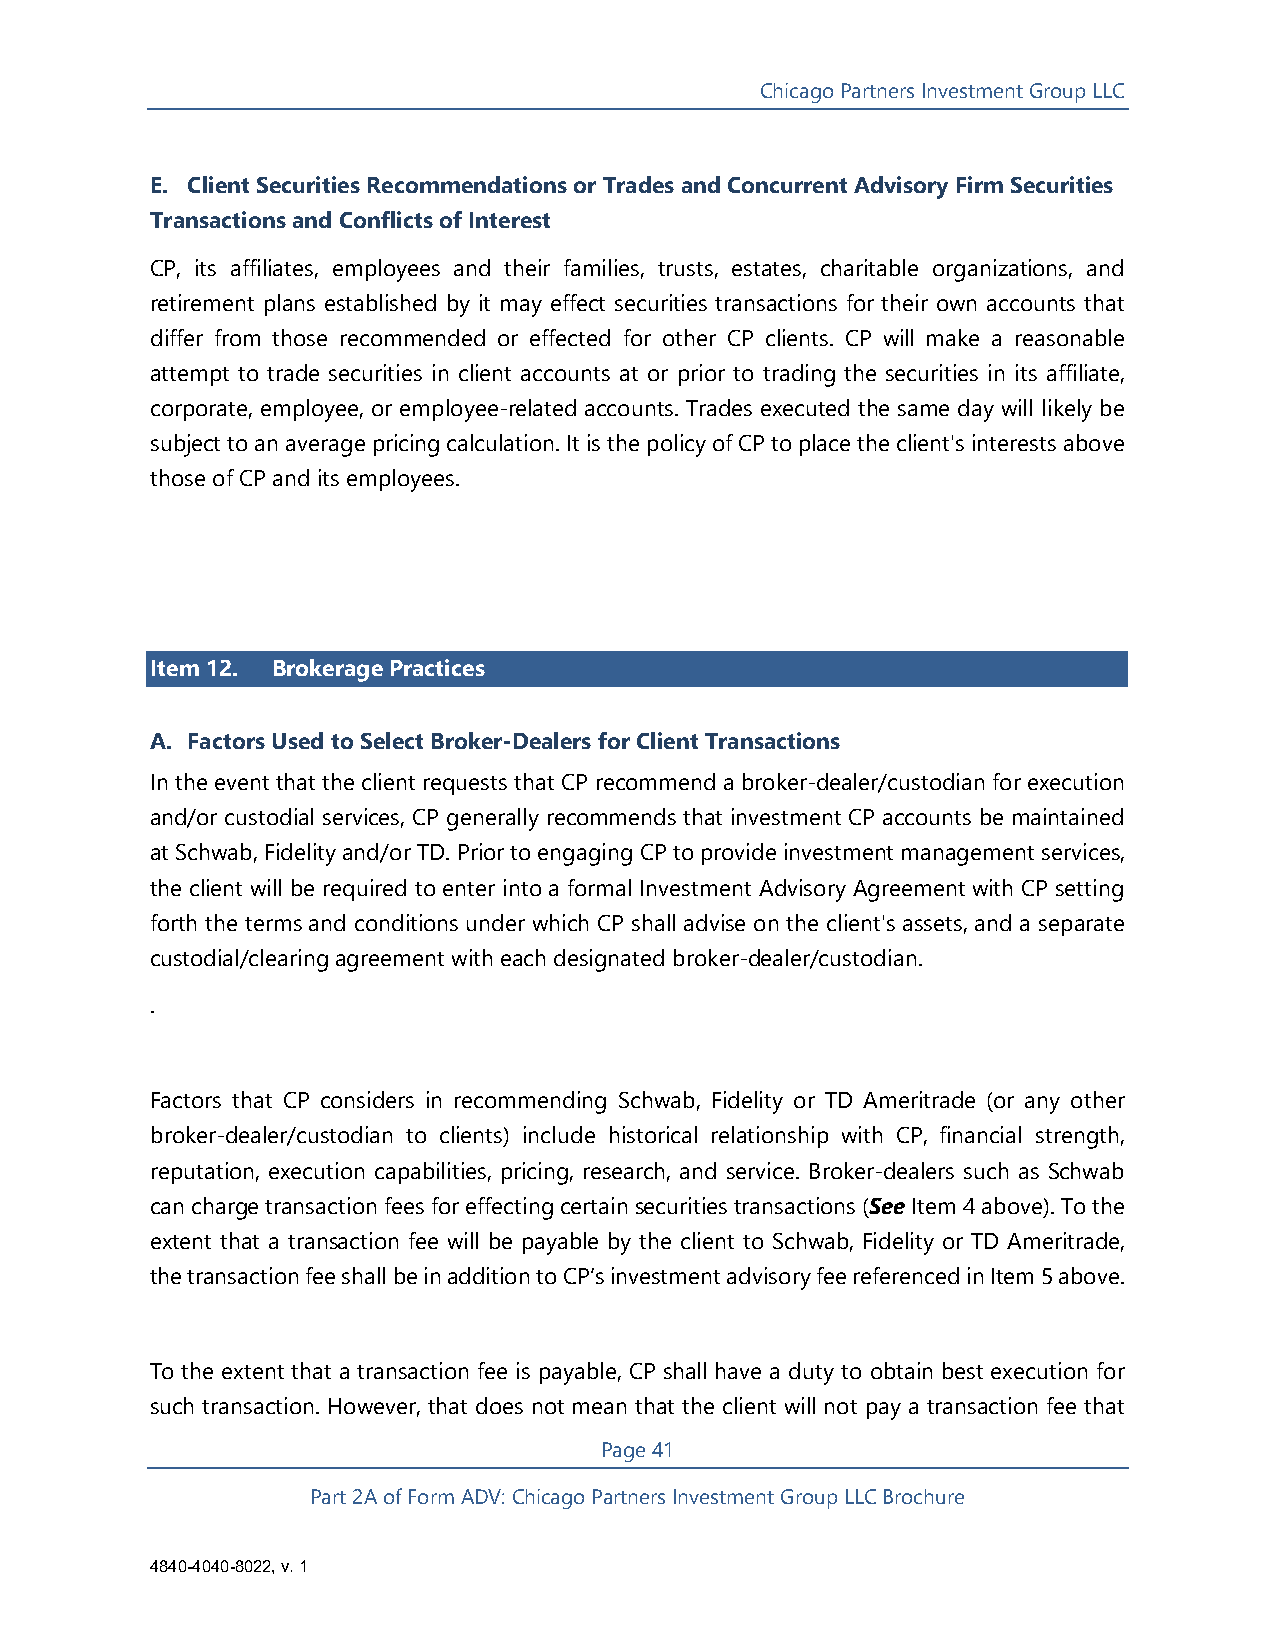
Chicago Partners Investment Group LLC
 E. Client Securities Recommendations or Trades and Concurrent Advisory Firm Securities
 Transactions and Conflicts of Interest
 CP, its affiliates, employees and their families, trusts, estates, charitable organizations, and
 retirement plans established by it may effect securities transactions for their own accounts that
 differ from those recommended or effected for other CP clients. CP will make a reasonable
 attempt to trade securities in client accounts at or prior to trading the securities in its affiliate,
 corporate, employee, or employee-related accounts. Trades executed the same day will likely be
 subject to an average pricing calculation. It is the policy of CP to place the client's interests above
 those of CP and its employees.
 Item 12. Brokerage Practices
 A. Factors Used to Select Broker-Dealers for Client Transactions
 In the event that the client requests that CP recommend a broker-dealer/custodian for execution
 and/or custodial services, CP generally recommends that investment CP accounts be maintained
 at Schwab, Fidelity and/or TD. Prior to engaging CP to provide investment management services,
 the client will be required to enter into a formal Investment Advisory Agreement with CP setting
 forth the terms and conditions under which CP shall advise on the client's assets, and a separate
 custodial/clearing agreement with each designated broker-dealer/custodian.
 .
 Factors that CP considers in recommending Schwab, Fidelity or TD Ameritrade (or any other
 broker-dealer/custodian to clients) include historical relationship with CP, financial strength,
 reputation, execution capabilities, pricing, research, and service. Broker-dealers such as Schwab
 can charge transaction fees for effecting certain securities transactions (See Item 4 above). To the
 extent that a transaction fee will be payable by the client to Schwab, Fidelity or TD Ameritrade,
 the transaction fee shall be in addition to CP’s investment advisory fee referenced in Item 5 above.
 To the extent that a transaction fee is payable, CP shall have a duty to obtain best execution for
 such transaction. However, that does not mean that the client will not pay a transaction fee that
 Page 41
 Part 2A of Form ADV: Chicago Partners Investment Group LLC Brochure
 4840-4040-8022, v. 1